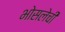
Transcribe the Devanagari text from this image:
भोसलेची